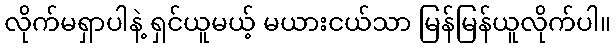
လိုက်မရှာပါနဲ့ ရှင်ယူမယ့် မယားငယ်သာ မြန်မြန်ယူလိုက်ပါ။